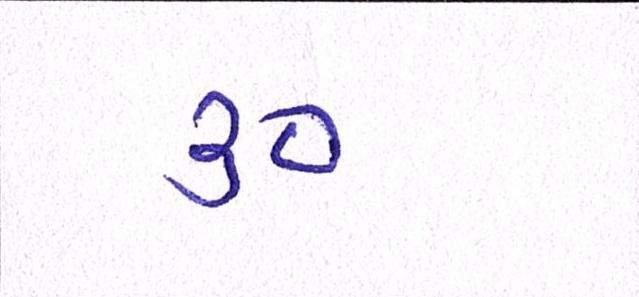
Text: ૩૦